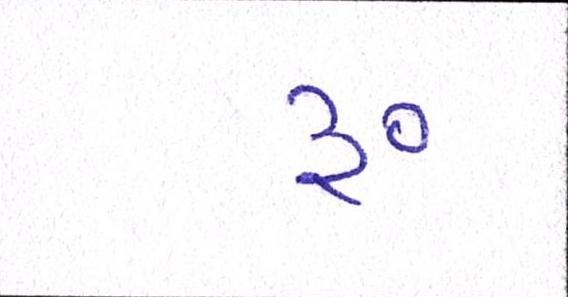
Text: ૱